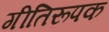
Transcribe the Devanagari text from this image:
गीतिरूपक